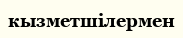
кызметшілермен